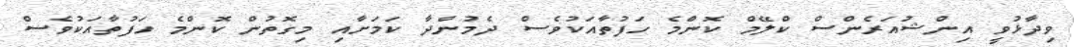
ވިދާޅުވީ އިންޝުއަރެންސް ކްލޭމް ކޮންމެ ހަފުތާއަކުވެސް ދެމުންދާ ކަމަށާއި މިގޮތުން ކޮންމެ ހަފުތާއަކުވެސް